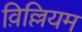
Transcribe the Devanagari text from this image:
व़िल्लियम